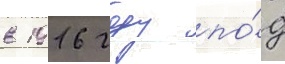
в 1916 году по́д